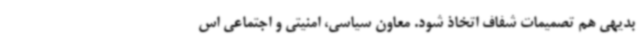
بدیهی هم تصمیمات شفاف اتخاذ شود. معاون سیاسی، امنیتی و اجتماعی اس